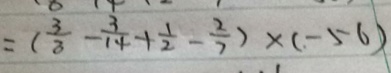
= ( \frac { 3 } { 3 } - \frac { 3 } { 1 4 } + \frac { 1 } { 2 } - \frac { 2 } { 7 } ) \times ( - 5 6 )